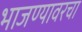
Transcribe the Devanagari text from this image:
भाजण्यावरचा